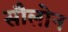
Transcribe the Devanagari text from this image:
सौलोन